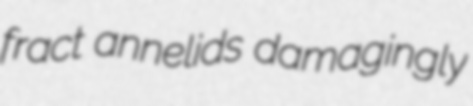
fract annelids damagingly